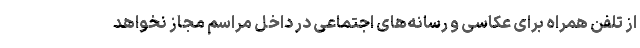
از تلفن همراه برای عکاسی و رسانه‌های اجتماعی در داخل مراسم مجاز نخواهد